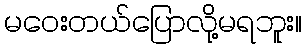
မဝေးတယ်ပြောလို့မရဘူး။